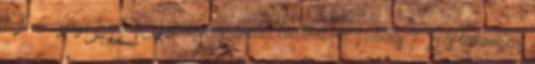
hi-fi minősítésű ESS 9018 digitális-analóg konverterrel Virtuális 7.1-es térhangzás